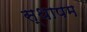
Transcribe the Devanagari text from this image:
स्थापम